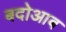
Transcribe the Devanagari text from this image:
बदोआब